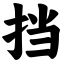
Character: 挡